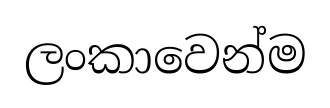
ලංකාවෙන්ම